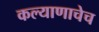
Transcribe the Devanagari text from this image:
कल्याणाचेच